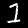
Digit: 1